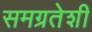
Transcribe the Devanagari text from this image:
समग्रतेशी